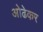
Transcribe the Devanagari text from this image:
ओढेकर